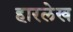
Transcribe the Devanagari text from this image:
हारलेख